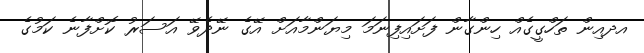
އދއިން ތަހްގީގެއް ހިންގާން ފަށައިފިނަމަ މިޔަންމާއަށް އޭގެ ނޭދެވޭ އަސަރު ކޮށްފާނެ ކަމުގެ